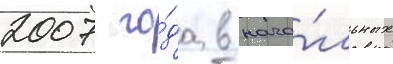
2007 го́да в нача́льных